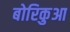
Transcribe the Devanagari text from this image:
बोरिकुआ